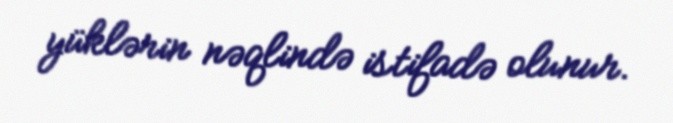
yüklərin nəqlində istifadə olunur.